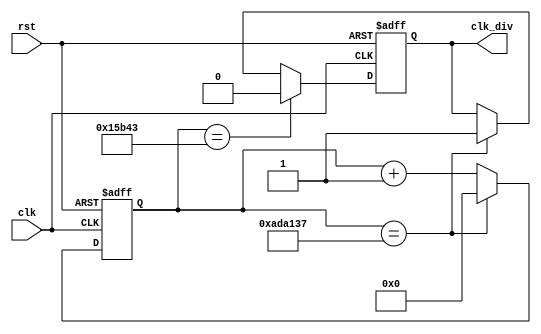
module load_clock (
    output reg clk_div,
	input clk,
    input rst
    );
	localparam constantNumber = 11379000;
	localparam cc=88900;
	reg [31:0] count;
 
always @ (posedge(clk), posedge(rst))
begin
    if (rst == 1'b1)
        count <= 32'b0;
    else if (count == constantNumber - 1)
        count <= 32'b0;
    else
        count <= count + 1;
end
always @ (posedge(clk), posedge(rst))
begin
    if (rst == 1'b1)
        clk_div <= 1'b1;
    else if(count==cc-1)
        clk_div=1'b0;
    else if (count == constantNumber - 1)
        clk_div <= 1'b1;
    else
        clk_div <= clk_div;
end
endmodule